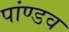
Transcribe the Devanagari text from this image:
पांण्‍डव